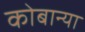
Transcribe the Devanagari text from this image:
कोबान्या